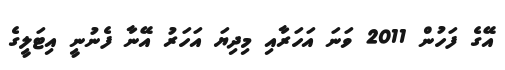
އޭގެ ފަހުން 2011 ވަނަ އަހަރާއި މިދިޔަ އަހަރު އޭނާ ފެނުނީ އިޓަލީގެ